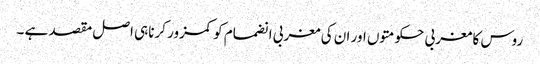
روس کا مغربی حکومتوں اور ان کی مغربی انضمام کو کمزور کرناہی اصل مقصد ہے ۔